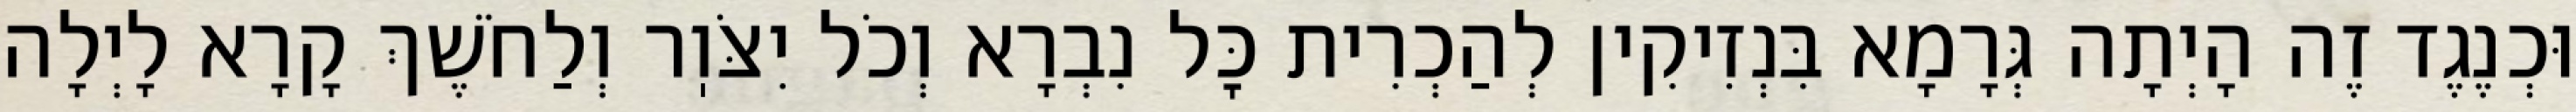
וּכְנֶגֶד זֶה הָיְתָה גְּרָמָא בִּנְזִיקִין לְהַכְרִית כׇּל נִבְרָא וְכֹל יִצֹּוֽר וְלַחֹשֶׁךְ קָרָא לָיְלָה